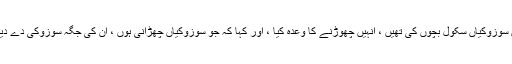
تین سوزوکیاں سکول بچوں کی تھیں ، اُنہیں چھوڑنے کا وعدہ کیا ، اور کہا کہ جو سوزوکیاں چھڑانی ہوں ، اُن کی جگہ سوزوکی دے دینا ۔